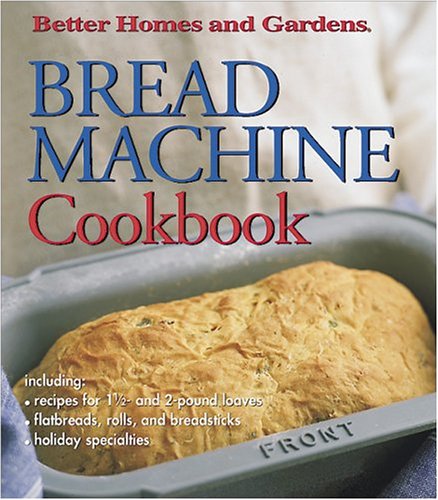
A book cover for Bread Machine Cookbook (Better Homes & Gardens); Better Homes and Gardens Books; Cookbooks, Food & Wine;